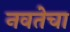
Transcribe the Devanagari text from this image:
नवतेचा